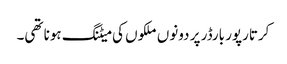
کرتارپور بارڈر پر دونوں ملکوں کی میٹنگ ہونا تھی۔